Vaccination in Bombay 1902-1912 - 1902-1912
Year: 1902
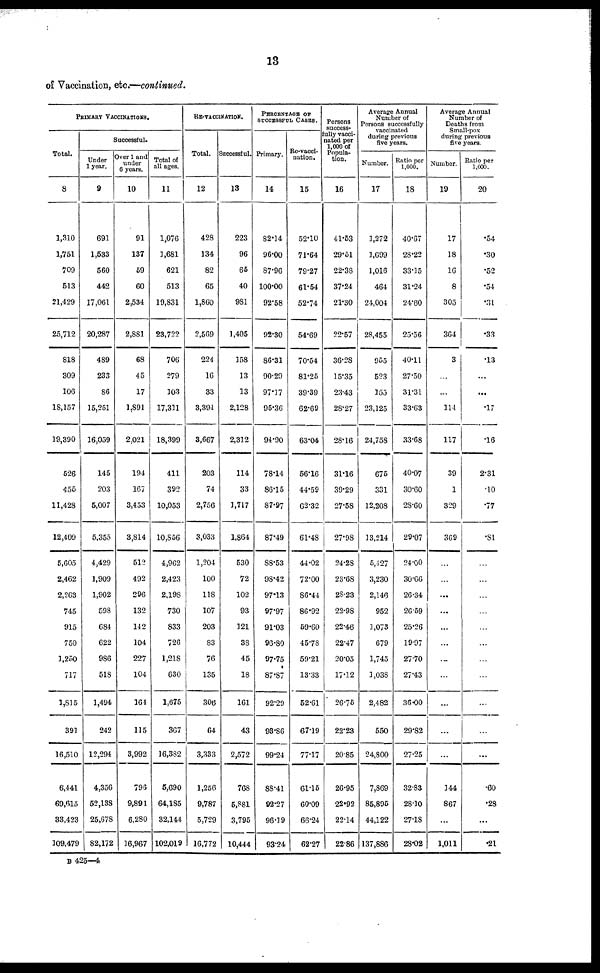
13
of Vaccination, etc.—continued.
PRIMARY VACCINATIONS.
Total.
8
1,310
1,751
709
513
21,429
25,712
818
309
106
18,157
19,390
526
455
11,428
12,409
5,605
2,462
2,263
745
915
750
1,250
717
1,815
391
16,510
6,441
69,615
33,423
109,479
Successful.
Under
1 year.
9
691
1,533
560
442
17,061
20,287
489
233
86
15,251
16,059
145
203
5,007
5,355
4,429
1,909
1,902
598
684
622
986
518
1,494
242
12,294
4,356
52,138
25,678
82,172
Over 1 and
under
6 years.
10
91
137
59
60
2,534
2,881
68
45
17
1,891
2,021
194
167
3,453
3,814
512
492
296
132
142
104
227
104
164
115
3,992
796
9,891
6,280
16,967
Total of
all ages.
11
1,076
1,681
621
513
19,831
23,722
706
279
103
17,311
18,399
411
392
10,053
10,856
4,962
2,423
2,198
730
833
726
1,218
630
1,675
367
16,382
5,690
64,185
32,144
102,019
RE-VACCINATION.
Total.
12
428
134
82
65
1,860
2,569
224
16
33
3,394
3,667
203
74
2,756
3,033
1,204
100
118
107
203
83
76
135
306
64
3,333
1,256
9,787
5,729
16,772
Successful.
13
223
96
65
40
981
1,405
158
13
33
2,128
2,312
114
33
1,717
1,864
530
72
102
93
121
38
45
18
161
43
2,572
768
5,881
3,795
10,444
PERCENTAGE OF
SUCCESSFUL CASES.
Primary.
14
82.14
96.00
87.96
100.00
92.58
92.30
86.31
90.29
97.17
95.36
94.90
78.14
86.15
87.97
87.49
88.53
98.42
97.13
97.97
91.03
96.80
97.75
87.87
92.29
93.86
99.24
88.41
92.27
96.19
93.24
Re-vacci-
nation.
15
52.10
71.64
79.27
61.54
52.74
54.69
70.54
81.25
39.39
62.69
63.04
56.16
44.59
62.32
61.48
44.02
72.00
86.44
86.92
59.60
45.78
59.21
13.33
52.61
67.19
77.17
61.15
60.09
66.24
62.27
Persons
success-
fully vacci-
nated per
1,000 of
Popula-
tion.
16
41.53
29.51
22.38
37.24
21.30
22.57
36.28
15.35
23.43
28.27
28.16
31.16
39.29
27.58
27.98
24.28
23.68
28.23
22.98
22.46
22.47
20.05
17.12
26.75
22.23
20.85
26.95
22.92
22.14
22.86
Average Annual
Number of
Persons successfully
vaccinated
during previous
five years.
Number.
17
1,272
1,699
1,016
464
24,004
28,455
955
523
155
23,125
24,758
675
331
12,208
13,214
5,427
3,230
2,146
952
1,073
679
1,745
1,038
2,482
550
24,800
7,869
85,895
44,122
137,886
Ratio per
1,000.
18
40.67
28.22
33.15
31.24
24.60
25.56
40.11
27.50
31.31
33.63
33.68
40.07
30.60
28.60
29.07
24.00
30.66
26.34
26.59
25.26
19.97
27.70
27.43
36.00
29.82
27.25
32.83
28.10
27.18
28.02
Average Annual
Number of
Deaths from
Small-pox
during previous
five years.
Number.
19
17
18
16
8
305
364
3
...
...
114
117
39
1
329
369
...
...
...
...
...
...
...
...
...
...
...
144
867
...
1,011
Ratio per
1,000.
20
.54
.30
.52
.54
.31
.33
.13
...
...
.17
.16
2.31
.10
.77
.81
...
...
...
...
...
...
...
...
...
...
...
.60
.28
...
.21
B 425—4